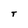
Character: T